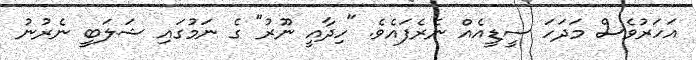
އަހަރުވެސް މަދަހަ ސީޑީއެއް ނެރެފައެވެ. "ހިދާއީ ނޫރު" ގެ ނަމުގައި ޝަލަބީ ނެރުނު